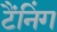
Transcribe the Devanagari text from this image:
टैंनिंग